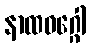
နာထဝဂ္ဂေါ